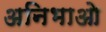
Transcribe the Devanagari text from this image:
अनिभाओ